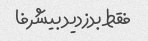
فقط بدزدید بیشرفا